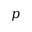
p